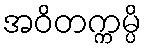
အဝိတက္ကမ္ပိ